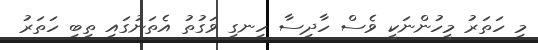
މި ހަތަރު މީހުންނަކީ ވެސް ހާދިސާ ހިނގި ވަގުތު އެތަނުގައި ތިބި ހަތަރު